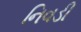
નિવડી